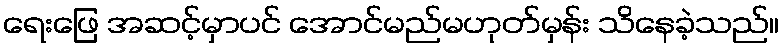
ရေးဖြေ အဆင့်မှာပင် အောင်မည်မဟုတ်မှန်း သိနေခဲ့သည်။